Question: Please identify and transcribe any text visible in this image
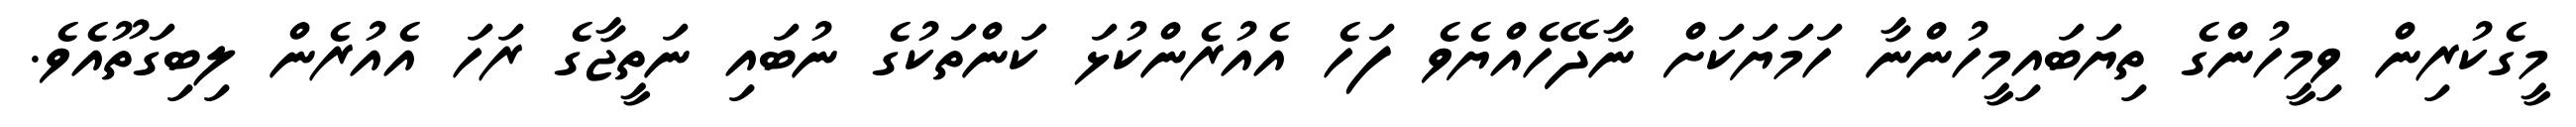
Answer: މީގެކުރިން ވިމީހުންގެ ތިޔަބައިމީހުންނާ ހަމަޔަކަށް ނާދޭހެއްޔެވެ ފަހެ އެއުރެންކުޅަ ކަންތަކުގެ ނުބައި ނަތީޖާގެ ރަހަ އެއުރެން ލިބިގަތޫއެވެ.